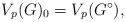
LaTeX: \begin{align*}V_p(G)_0 = V_p(G^\circ),\end{align*}